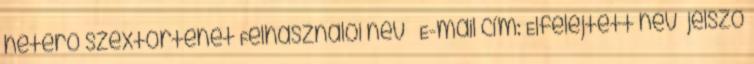
hetero szextörténet Felhasználói név E-mail cím: Elfelejtett név jelszó